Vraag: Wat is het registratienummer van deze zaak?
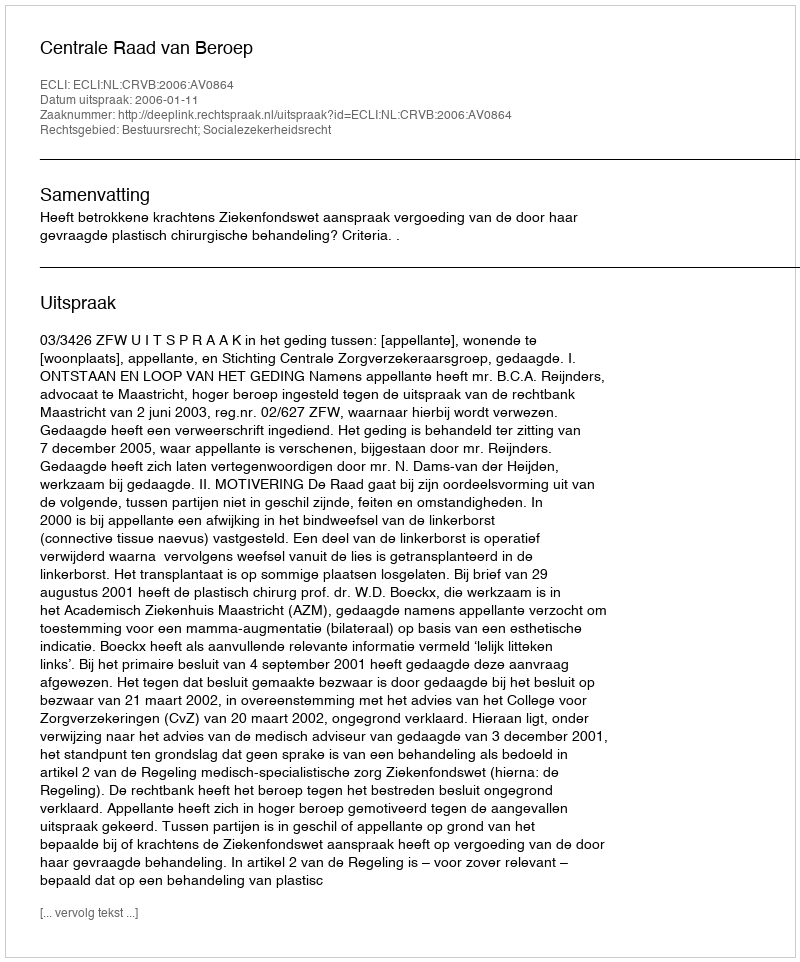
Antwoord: http://deeplink.rechtspraak.nl/uitspraak?id=ECLI:NL:CRVB:2006:AV0864